system: You are a helpful assistant.
user:
Analyze the provided spectrum to determine if it is a **S-type Star**.

- **Key Indicators for S-type Star:**

    - **(Overall Spectrum Shape):** The first and most obvious characteristic is the overall continuum (the "baseline" shape). It is **extremely "red-sloping,"** meaning the flux (light intensity) is very low on the left side (blue, ~4000-4500 Å) and rises steeply and continuously toward the right side (red, ~7000 Å+).

    - **(Primary):** The spectrum is defined by the presence of strong, broad molecular absorption "valleys" (bands) from **Zirconium Oxide (ZrO)**. The identification of these bands is the **primary requirement** for classifying a star as S-type.
        - **(Key Bandheads):** You must find distinct, deep "dips" where the light has been absorbed. The most critical band systems to locate are:
            - **~6474 Å** ($\gamma$-system): This is often the strongest and clearest ZrO feature, found in the red part of the spectrum.
            - **~5718 Å** & **~5551 Å** ($\beta$-system): A pair of prominent absorption features in the yellow-orange part of the spectrum.
            - **~4640 Å** ($\alpha$-system): A key absorption band system in the blue-green region of the spectrum.

    - **(Secondary Confirmation):** The classification is strengthened by finding additional absorption bands from other related heavy element oxides, which are expected to be present alongside ZrO.
        - **(Key Bandheads):**
            - **Yttrium Oxide (YO):** Look for absorption dips near **~4800 Å** and **~6100 Å**.
            - **Lanthanum Oxide (LaO):** Additional absorption features, particularly in the red-orange part of the spectrum, are also characteristic.

    - **(Line Profile):** The combination of the steep red continuum and these numerous, deep molecular bands (ZrO, YO, etc.) gives the entire spectrum a very **"chopped-up"** or **"bumpy"** appearance. Instead of a smooth curve, the spectrum looks as though large, wide chunks of light have been "carved out" of it at the specific wavelengths listed above.

Think first, call **spectral_visualization_tool** if needed to examine features in detail, then provide your final answer. Your response must adhere to the following strict rules:
1.  **Overall Structure:** Your response must follow the format `<think>...</think> <tool_call>...</tool_call> (if a tool is used) <answer>...</answer>`.
2.  **Tool Usage Constraint:** You may only make **one** tool call per turn.
3.  **Final Answer Format:** In the `<answer>` tag, your conclusion must be inside a `\boxed{}` command (e.g., `\boxed{YES}` or `\boxed{NO}`), followed by your justification.

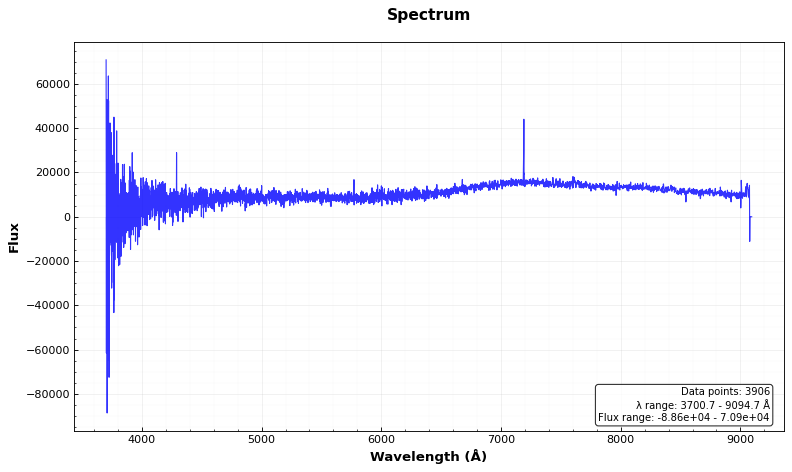
Answer: NO